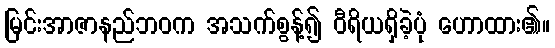
မြင်းအာဇာနည်ဘဝက အသက်စွန့်၍ ဝီရိယရှိခဲ့ပုံ ဟောထား၏။